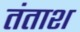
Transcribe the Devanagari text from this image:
तंताश